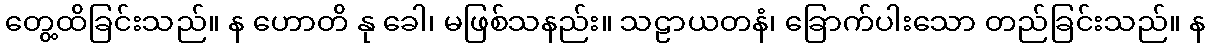
တွေ့ထိခြင်းသည်။ န ဟောတိ နု ခေါ၊ မဖြစ်သနည်း။ သဠာယတနံ၊ ခြောက်ပါးသော တည်ခြင်းသည်။ န